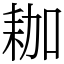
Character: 耞